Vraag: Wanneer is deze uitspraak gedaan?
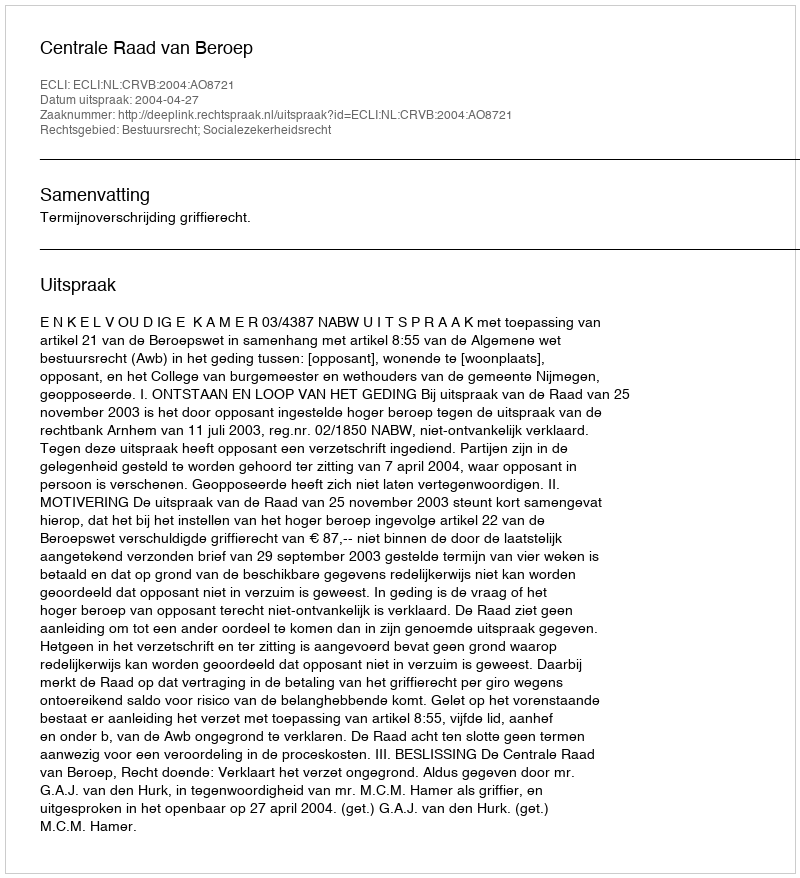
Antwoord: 2004-04-27